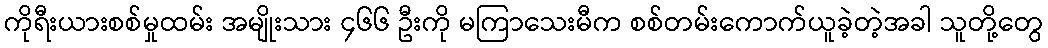
ကိုရီးယားစစ်မှုထမ်း အမျိုးသား ၄၆၆ ဦးကို မကြာသေးမီက စစ်တမ်းကောက်ယူခဲ့တဲ့အခါ သူတို့တွေ